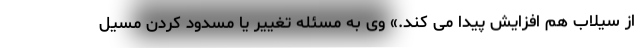
از سیلاب هم افزایش پیدا می کند.» وی به مسئله تغییر یا مسدود کردن مسیل